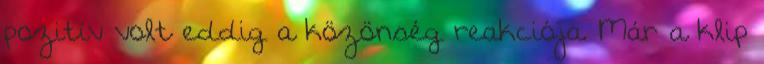
pozitív volt eddig a közönség reakciója. Már a klip